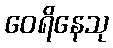
ဝေရိနေသု